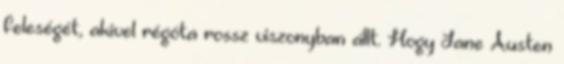
feleségét, akivel régóta rossz viszonyban állt. Hogy Jane Austen